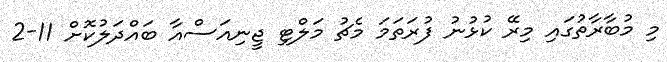
މި މުބާރާތުގައި މިރޭ ކުޅުނު ފުރަތަމަ މެޗު މަލްޓި ޖީނިއަސްއާ ބައްދަލުކޮށް 11-2